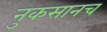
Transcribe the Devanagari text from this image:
नुकसानच